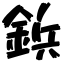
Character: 鋲